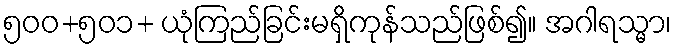
၅၀၀+၅၀၁+ ယုံကြည်ခြင်းမရှိကုန်သည်ဖြစ်၍။ အဂါရသ္မာ၊